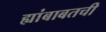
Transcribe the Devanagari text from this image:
ह्यांबाबतची